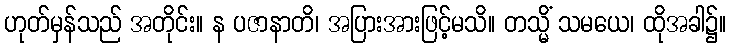
ဟုတ်မှန်သည် အတိုင်း။ န ပဇာနာတိ၊ အပြားအားဖြင့်မသိ။ တသ္မိံ သမယေ၊ ထိုအခါ၌။